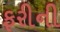
ફરીની